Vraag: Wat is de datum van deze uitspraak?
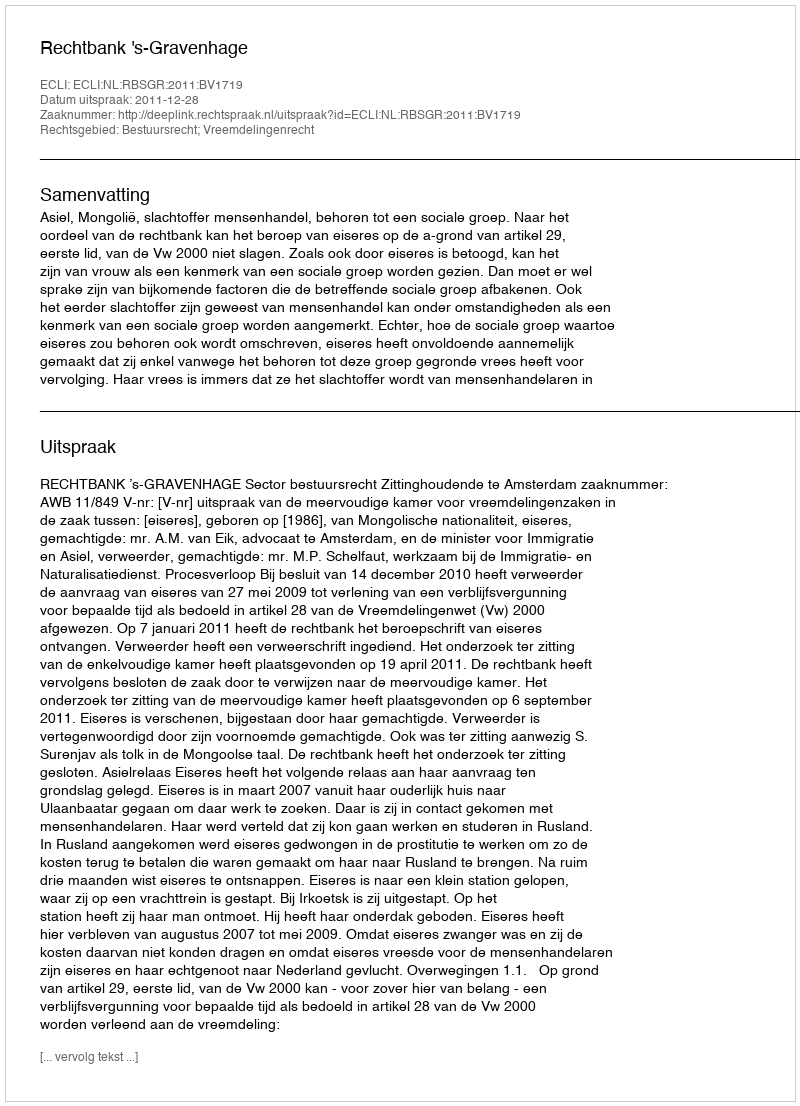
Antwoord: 2011-12-28